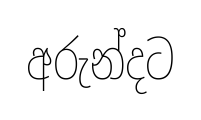
අරුන්දට